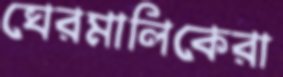
ঘেরমালিকেরা